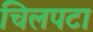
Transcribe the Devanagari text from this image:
चिलपटा